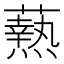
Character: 𭶢